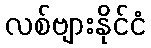
လစ်ဗျားနိုင်ငံ